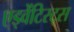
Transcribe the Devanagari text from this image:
एड्वेंटिस्ट्स